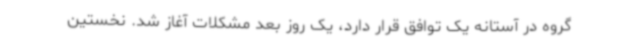
گروه در آستانه یک توافق قرار دارد، یک روز بعد مشکلات آغاز شد. نخستین